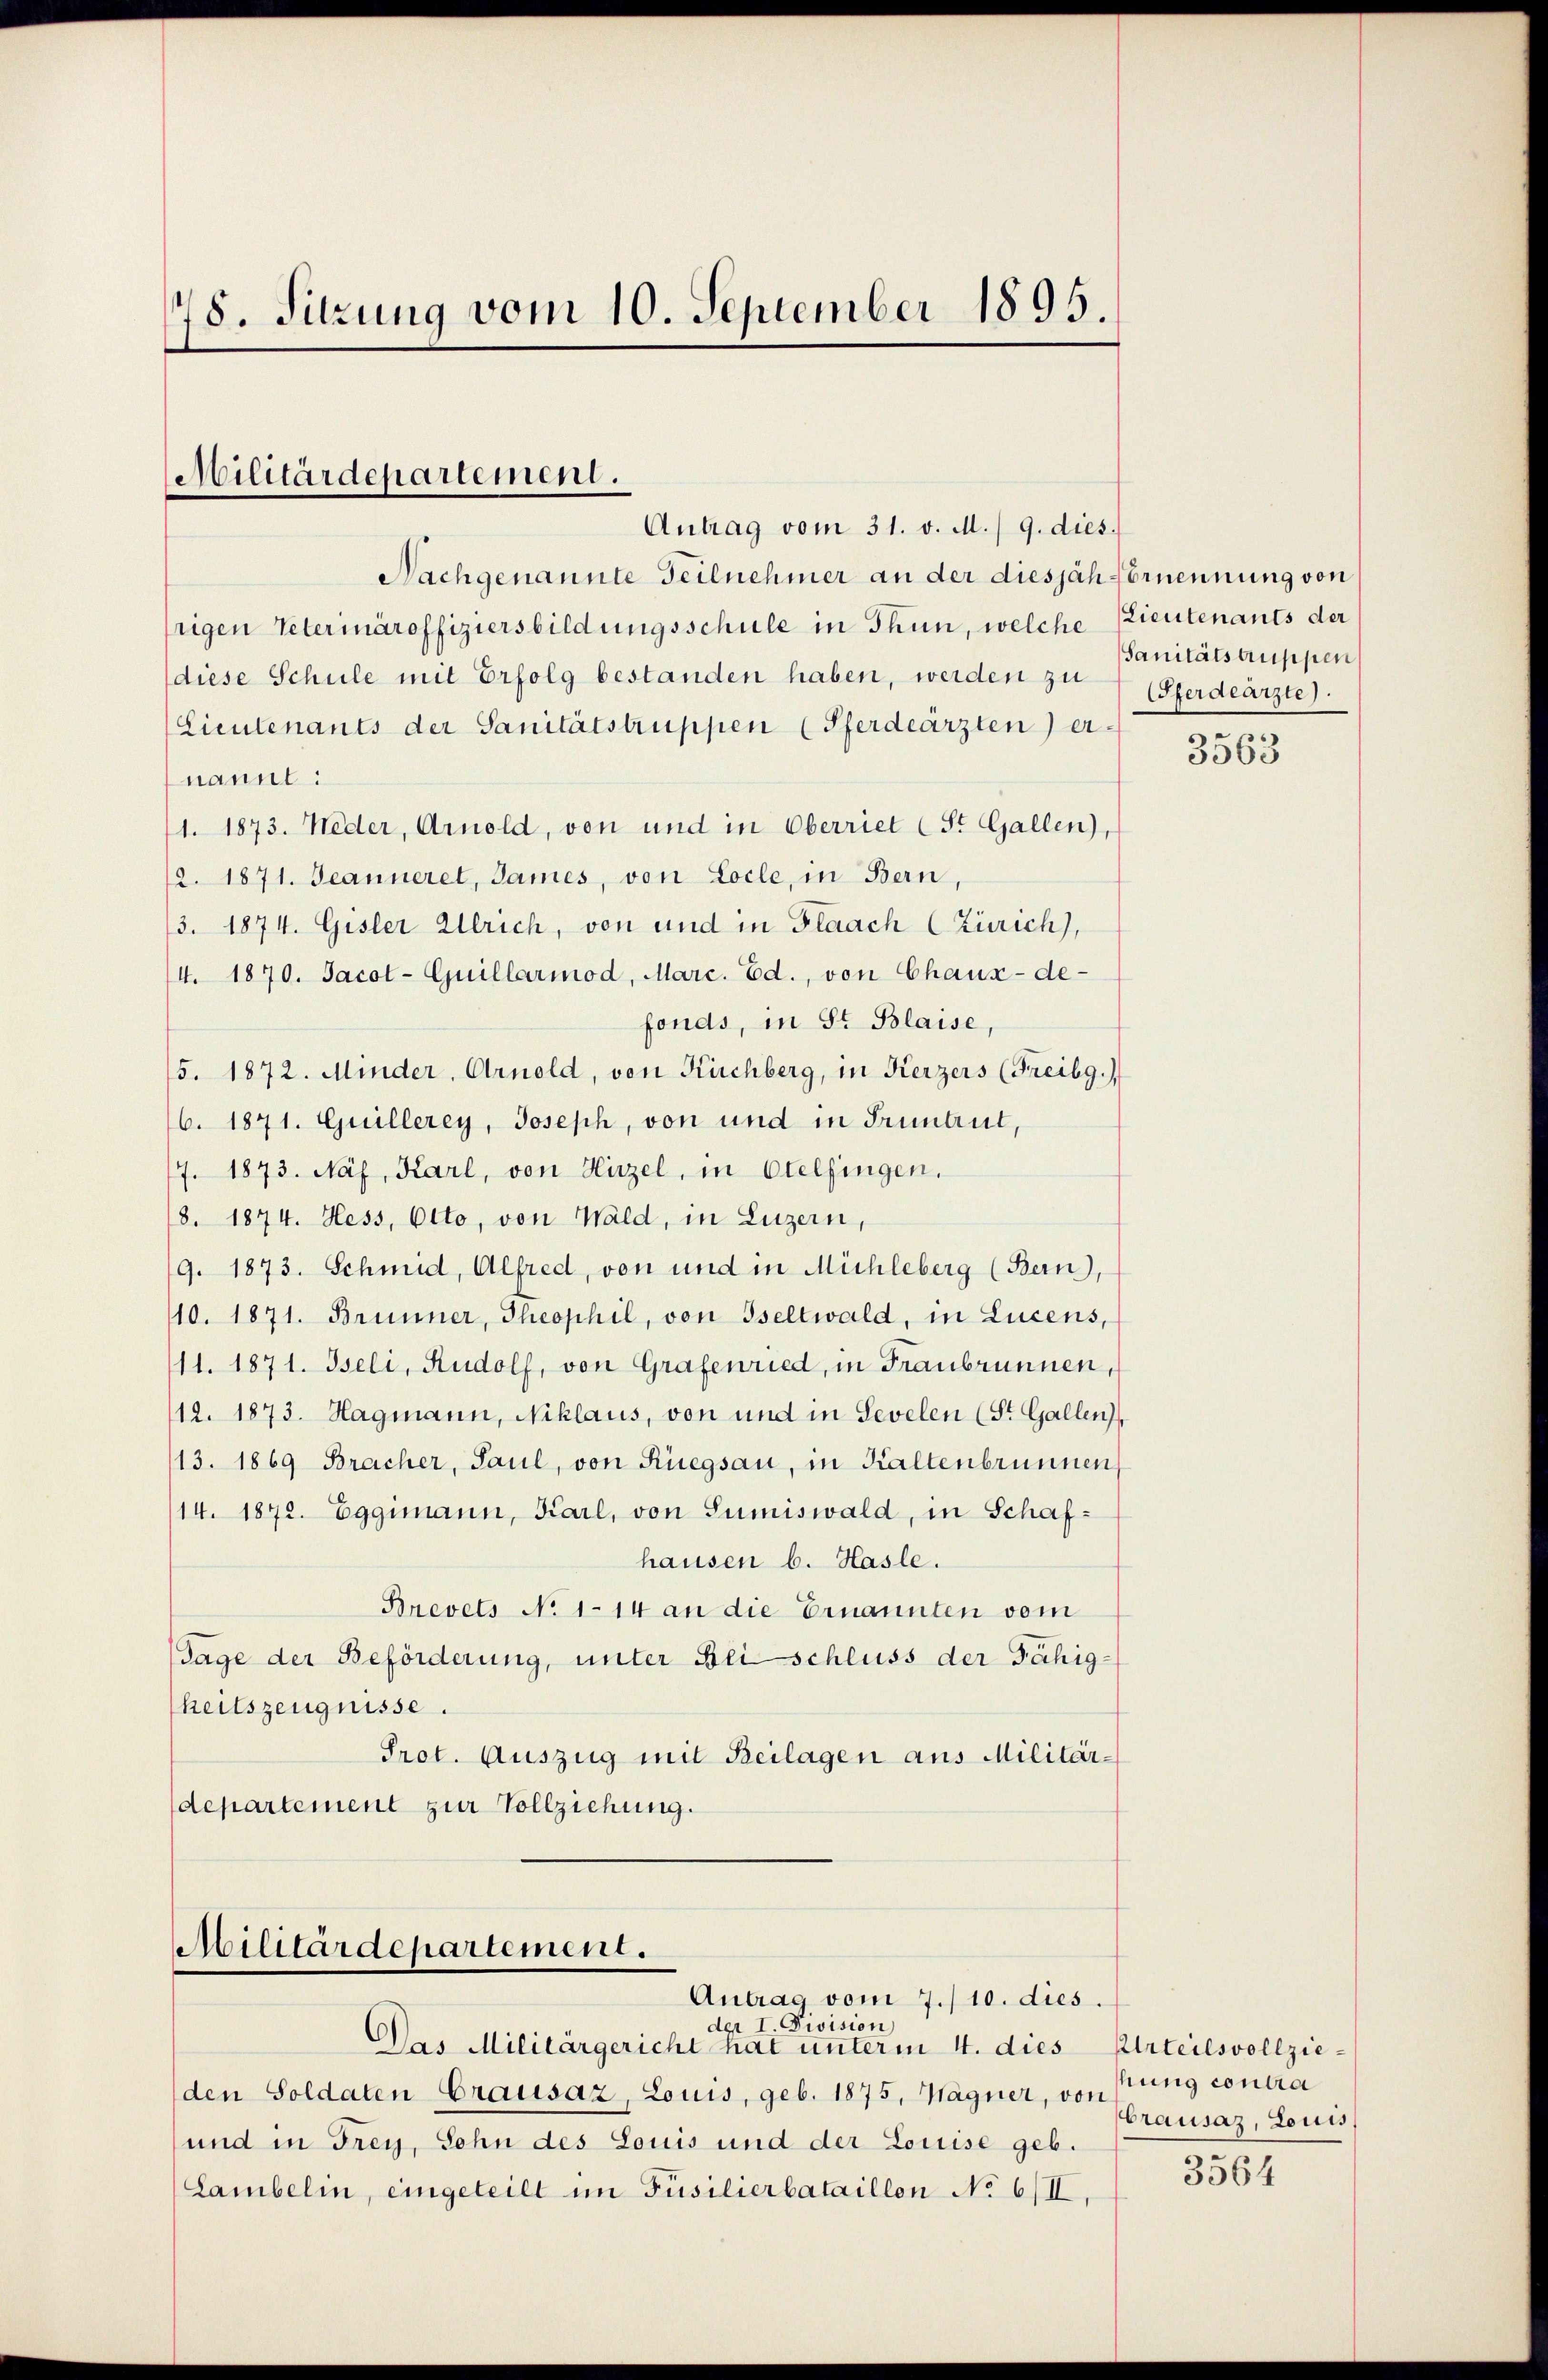
78. Sitzung vom 10. September 1895.

Militärdepartement.
Antrag vom 31. v. M. / 9. dies

Nachgenannte Teilnehmer an der diesjäh vornennung von
rigen Vetermaroffiziersbildungsschule in Thun, welche Lieutenants der
diese Schule mit Erfolg bestanden haben, werden zu
(Lieutenants der Sanitätstruppen (Pferdeärzten ernannt:
/1. 1873. Weder, Arnold, von und in Oberriet (St. Gallen),
12. 1871. Jeanneret, James, von Locle, in Bern,
/3. 1874. Gisler Ullrich, von und in Flaach (Zürich),
4. 1870. Jacot-Guillarmod, Marc. Ed., von Chaux-de-
fonds, in St. Blaise,
5. 1872. Minder, Arnold, von Küchberg, in Kerzers (Freibg.)
6. 1871. Guillerey, Joseph, von und in Truntrut,
7. 1873. Näf, Karl, von Hirzel, in Otelfingen.
18. 1874. Hess, Otto, von Wald, in Luzern,
9. 1873. Schmid, Alfred, von und in Mühleberg (Bern),
110. 1871. Brunner, Theophil, von Iseltwald, in Lucens,
111. 1871. Iseli, Rudolf, von Grafenried, in Franbrunnen,
12. 1873. Hagmann, Niklaus, von und in Sevelen (St. Gallen
113. 1869 Bracher, Paul, von Rüegsau, in Kaltenbrunnen,
14. 1872. Eggimann, Karl, von Sumiswald, in Schafhausen b. Hasle.
Brevets No 114 an die Ernannten vom
Tage der Beförderung, unter Bei schluss der Fähig-
heitszeugnisse.
Prot. Auszug mit Beilagen aus Militär-
departement zur Vollziehung.

Militärdepartement.
Antrag vom 7./10. dies.
der I. Division)

Das Militärgericht hat unterm 4. dies Urteilsvollzie-
den Soldaten Grausaz, Louis, geb. 1875, Wagner, von stung contra
und in Frey, Sohn des Louis und der Louise geb.
Lambelin, eingeteilt im Füsilierbataillon No 6/II,

Sanitätstruppen
Pferdearzte).

3563

brausaz, Louis

3564